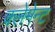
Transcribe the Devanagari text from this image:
क्लेमेन्ट